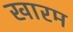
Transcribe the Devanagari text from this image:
खारम